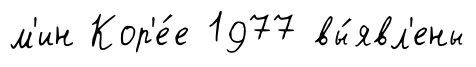
м'ин Кор'е́е 1977 вы́явл'ены